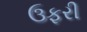
ઉફરી